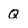
Character: Q